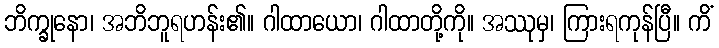
ဘိက္ခုနော၊ အဘိဘူရဟန်း၏။ ဂါထာယော၊ ဂါထာတို့ကို။ အဿုမှ၊ ကြားရကုန်ပြီ။ ကိံ